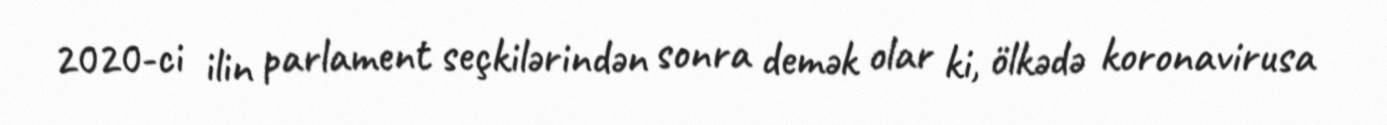
2020-ci ilin parlament seçkilərindən sonra demək olar ki, ölkədə koronavirusa